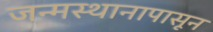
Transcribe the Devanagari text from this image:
जन्मस्थानापासून